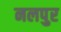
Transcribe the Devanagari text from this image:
नलपुर